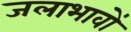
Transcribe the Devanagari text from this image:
जलाभावों